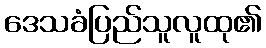
ဒေသခံပြည်သူလူထု၏